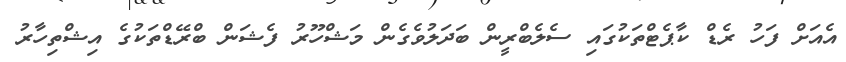
އެއަށް ފަހު ރެޑް ކާޕެޓްތަކުގައި ސެލެބްރީން ބަދަލުވެގެން މަޝްހޫރު ފެޝަން ބްރޭޑްތަކުގެ އިޝްތިހާރު